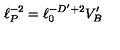
\ell _ { P } ^ { - 2 } = \ell _ { 0 } ^ { - D ^ { \prime } + 2 } V _ { B } ^ { \prime }